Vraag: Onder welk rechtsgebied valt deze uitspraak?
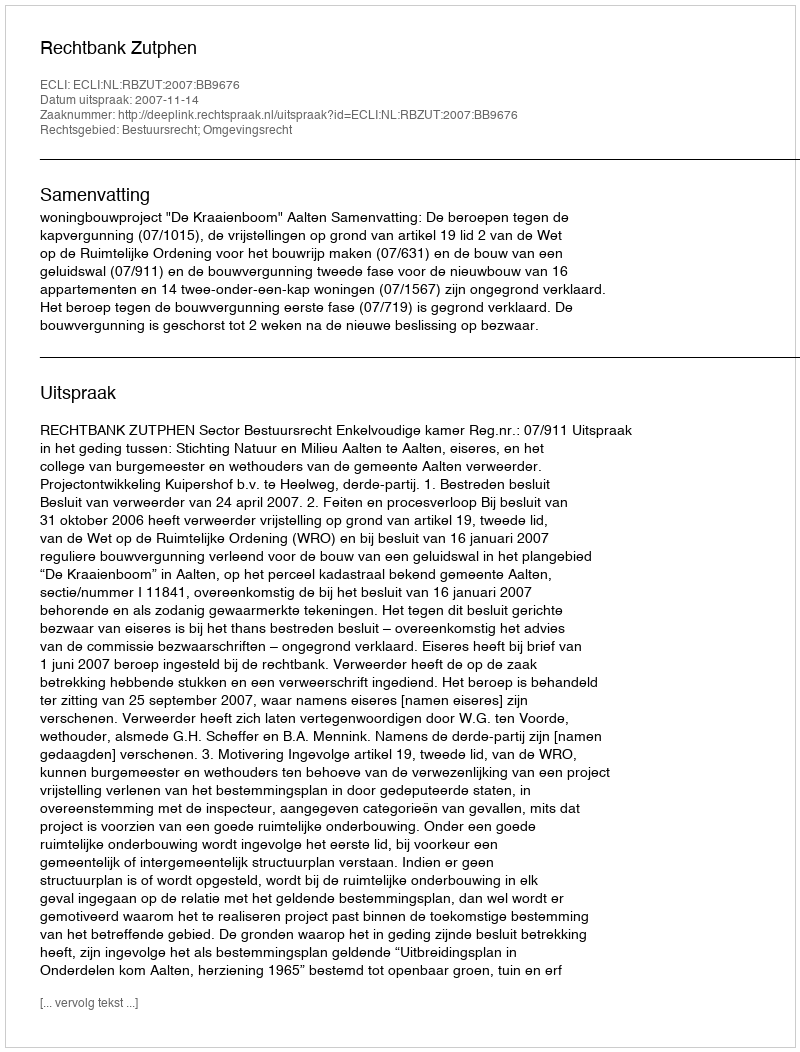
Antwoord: Bestuursrecht; Omgevingsrecht